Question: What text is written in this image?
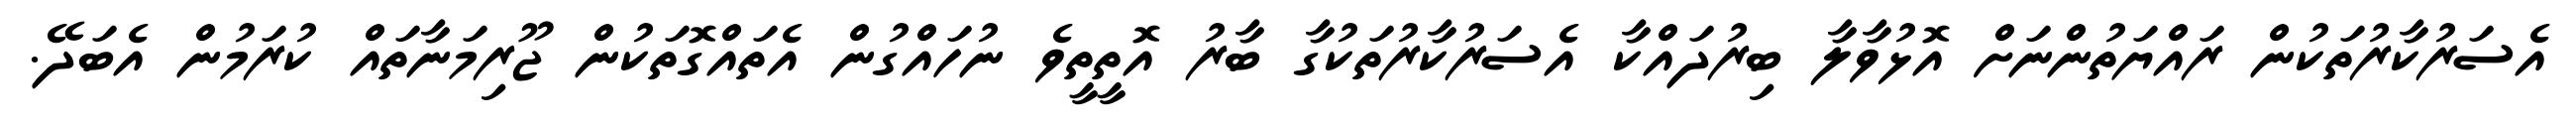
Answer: އެސަރުކާރުތަކުން ރައްޔަތުންނަށް އޮޅުވާލާ ބިރުދައްކާ އެސަރުކާރުތަކުގާ ބާރު އޮތީތީވެ ނުހައްގުން އެތައްގޮތަކުން ޖޫރިމަނާތައް ކުރަމުން އެބަދޭ.